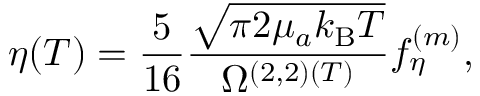
\eta ( T ) = \frac { 5 } { 1 6 } \frac { \sqrt { \pi 2 \mu _ { a } k _ { \mathrm { B } } T } } { \Omega ^ { ( 2 , 2 ) ( T ) } } f _ { \eta } ^ { ( m ) } ,